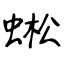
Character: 蜙